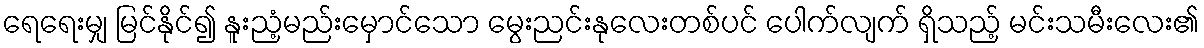
ရေရေးမျှ မြင်နိုင်၍ နူးညံ့မည်းမှောင်သော မွေးညင်းနုလေးတစ်ပင် ပေါက်လျက် ရှိသည့် မင်းသမီးလေး၏